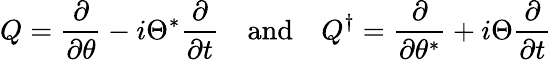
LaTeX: Q={\frac{\partial}{\partial\theta}}-i\Theta^{*}{\frac{\partial}{\partial t}}\quad{\mathrm{and}}\quad Q^{\dagger}={\frac{\partial}{\partial\theta^{*}}}+i\Theta{\frac{\partial}{\partial t}}